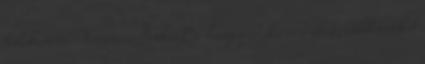
teleken is - terem. Inkább a hegyvidéki erdőket, bükkösöket